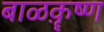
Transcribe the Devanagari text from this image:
बाळक़ॄष्‍ण